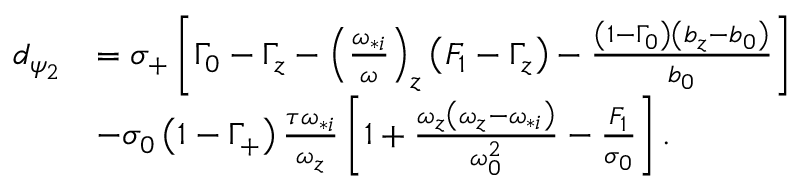
\begin{array} { r l } { d _ { \psi _ { 2 } } } & { = \sigma _ { + } \left[ \Gamma _ { 0 } - \Gamma _ { z } - \left( \frac { \omega _ { * i } } { \omega } \right) _ { z } \left( F _ { 1 } - \Gamma _ { z } \right) - \frac { \left( 1 - \Gamma _ { 0 } \right) \left( b _ { z } - b _ { 0 } \right) } { b _ { 0 } } \right] } \\ & { - \sigma _ { 0 } \left( 1 - \Gamma _ { + } \right) \frac { \tau \omega _ { * i } } { \omega _ { z } } \left[ 1 + \frac { \omega _ { z } \left( \omega _ { z } - \omega _ { * i } \right) } { \omega _ { 0 } ^ { 2 } } - \frac { F _ { 1 } } { \sigma _ { 0 } } \right] . } \end{array}